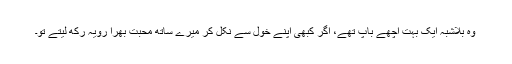
وہ بلاشبہ ایک بہت اچھے باپ تھے، اگر کبھی اپنے خول سے نکل کر میرے ساتھ محبت بھرا رویہ رکھ لیتے تو۔